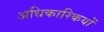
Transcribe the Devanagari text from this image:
अधिकारिकयों